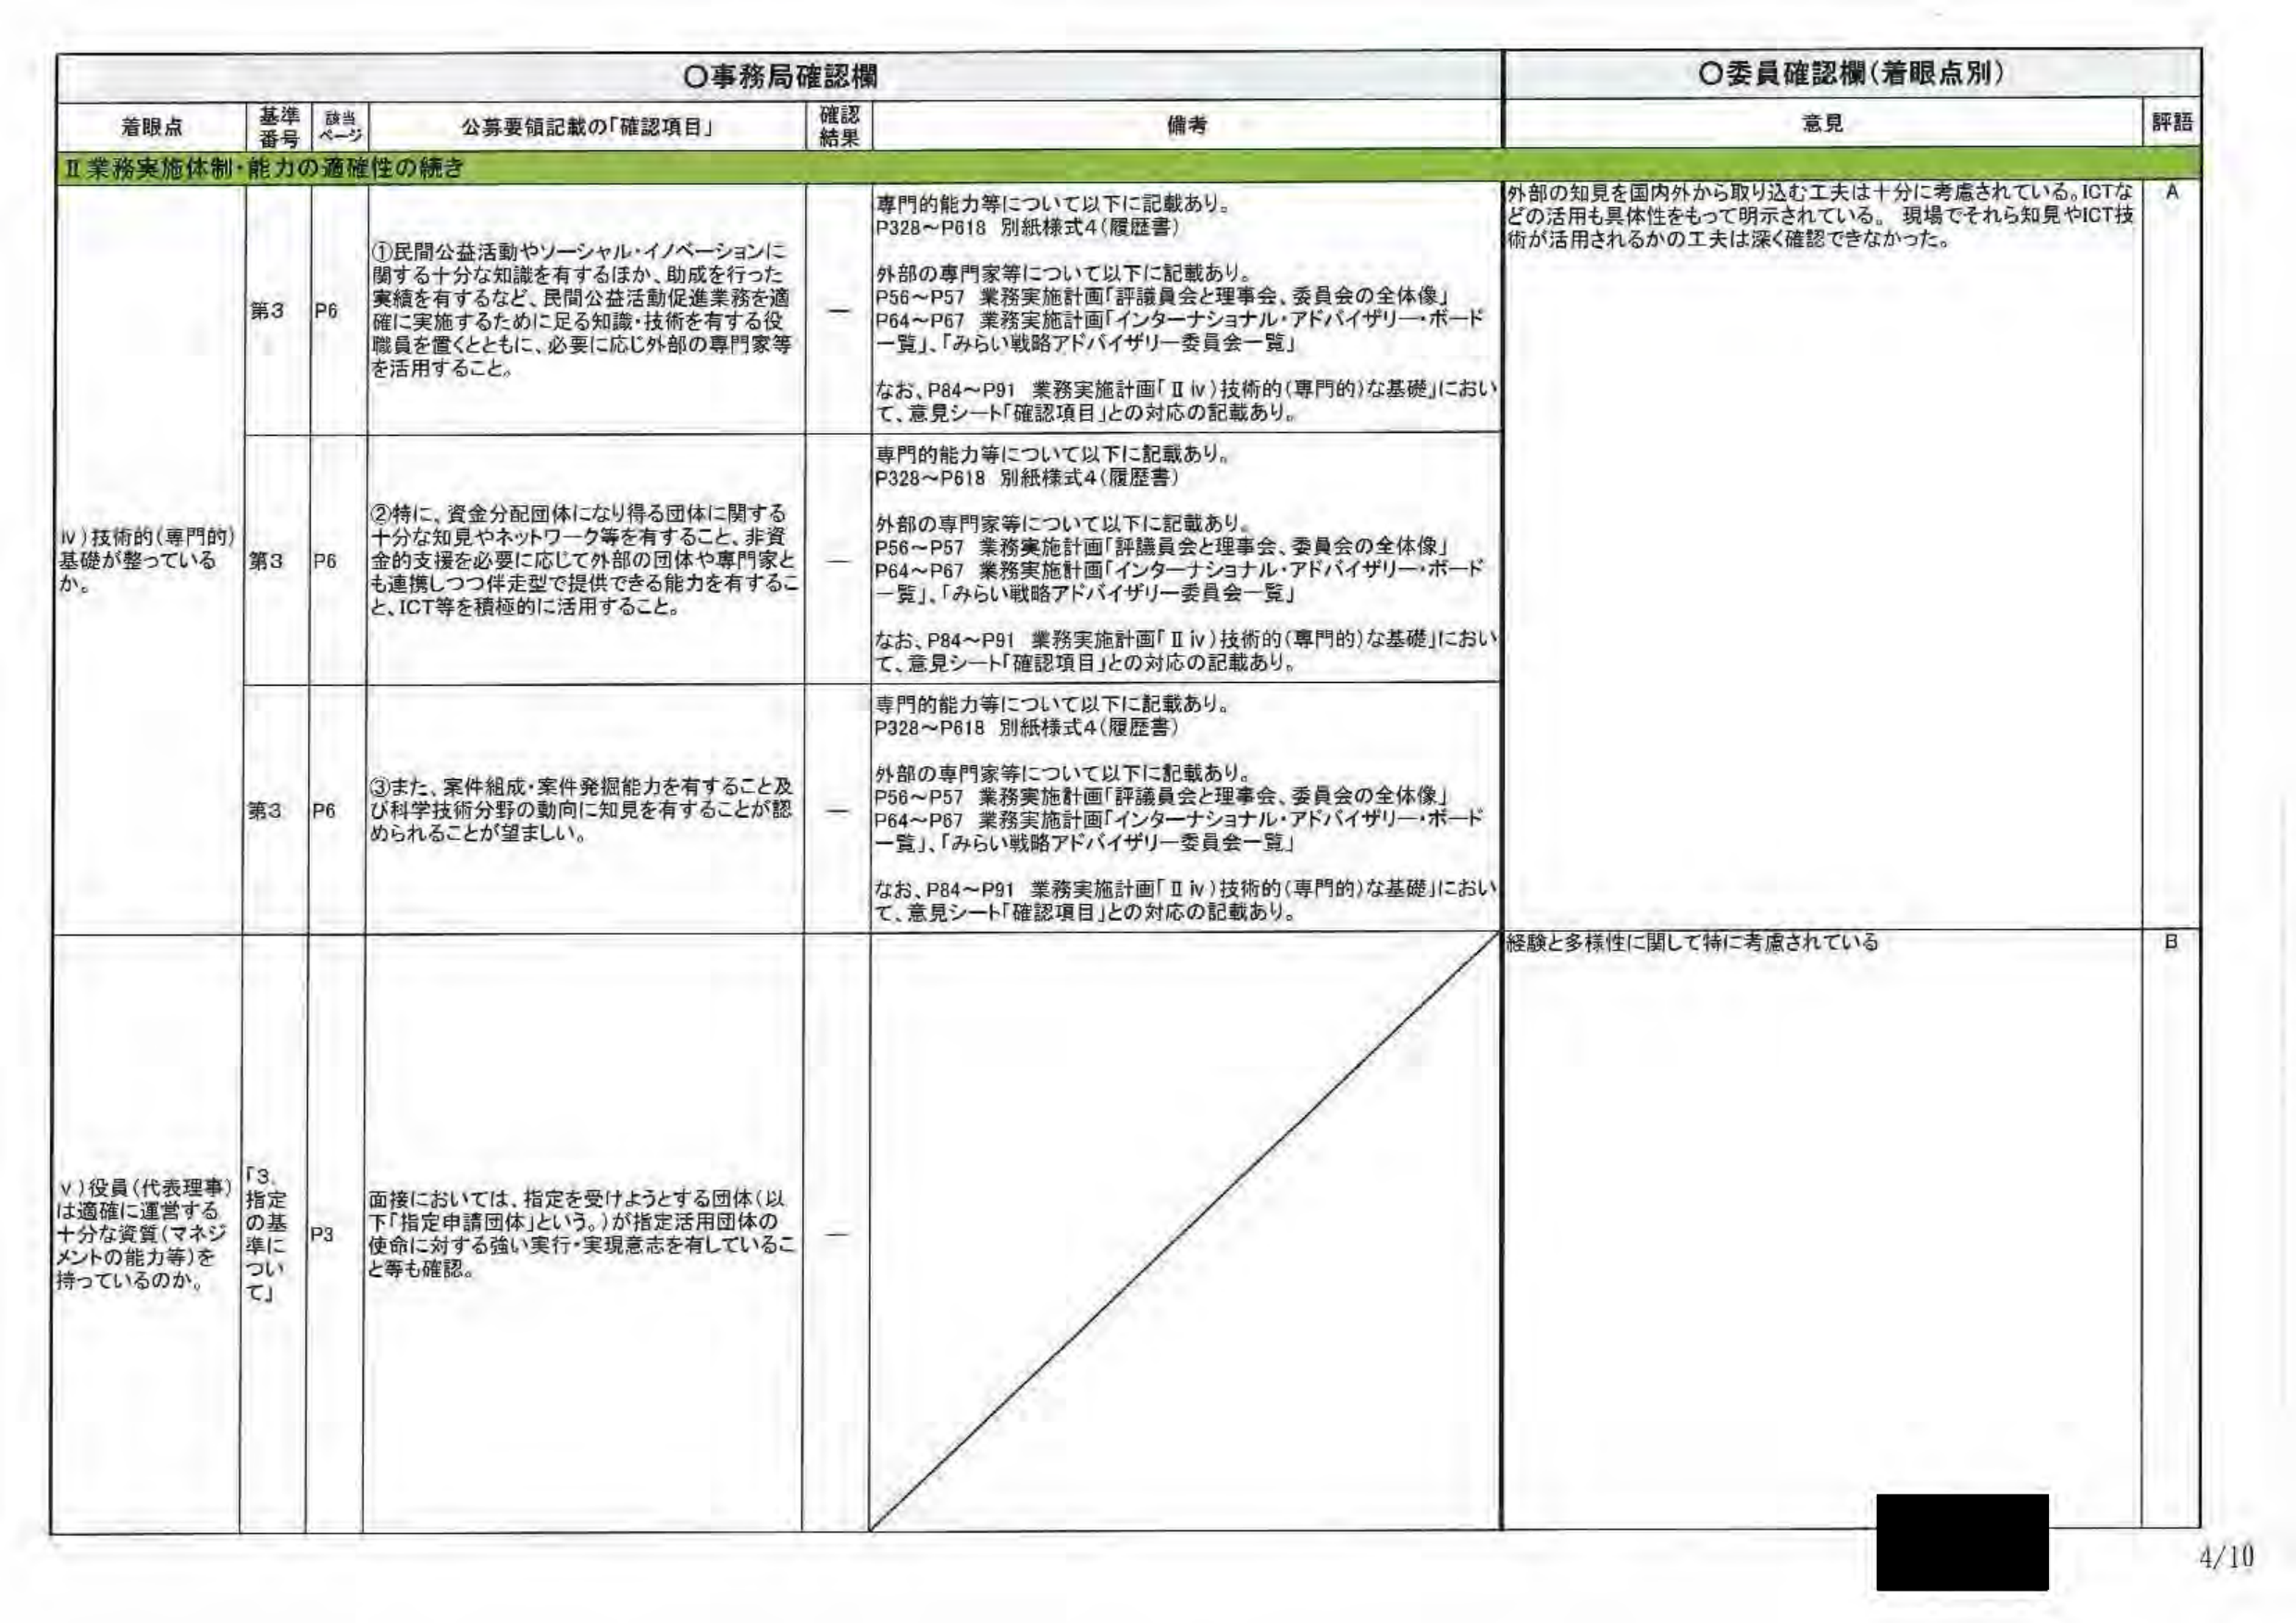
○事務局確認欄
○委員確認欄（着眼点別）

着眼点　　基準番号　　該当ページ　　公募要領記載の「確認項目」　　確認結果　　備考　　意見　　評語

Ⅱ 業務実施体制・能力の適性性の続き

Ⅳ）技術的（専門的）基礎が整っているか。

第3　　P6　　①民間公益活動やソーシャル・イノベーションに関する十分な知識を有するほか、助成を行った実績を有するなど、民間公益活動促進業務を適確に実施するために足る知識・技術を有する役職員を置くとともに、必要に応じ外部の専門家等を活用すること。
　　　　専門的能力等について以下に記載あり。
　　　　P328～P618 別紙様式4（履歴書）
　　　　外部の専門家等について以下に記載あり。
　　　　P56～P57 業務実施計画「評議員会と理事会、委員会の全体像」
　　　　P64～P67 業務実施計画「インターナショナル・アドバイザリー・ボード一覧」、「みらい戦略アドバイザリー委員会一覧」
　　　　なお、P84～P91 業務実施計画「Ⅱⅳ）技術的（専門的）な基礎」において、意見シート「確認項目」との対応の記載あり。
　　　　外部の知見を国内外から取り込む工夫は十分に考慮されている。ICTなどの活用も具体性をもって明示されている。現場でそれら知見やICT技術が活用されるかの工夫は深く確認できなかった。
　　　　A

第3　　P6　　②特に、資金分配団体になり得る団体に関する十分な知見やネットワーク等を有すること、非資金の支援を必要に応じて外部の団体や専門家とも連携しつつ伴走型で提供できる能力を有すること、ICT等を積極的に活用すること。
　　　　専門的能力等について以下に記載あり。
　　　　P328～P618 別紙様式4（履歴書）
　　　　外部の専門家等について以下に記載あり。
　　　　P56～P57 業務実施計画「評議員会と理事会、委員会の全体像」
　　　　P64～P67 業務実施計画「インターナショナル・アドバイザリー・ボード一覧」、「みらい戦略アドバイザリー委員会一覧」
　　　　なお、P84～P91 業務実施計画「Ⅱⅳ）技術的（専門的）な基礎」において、意見シート「確認項目」との対応の記載あり。

第3　　P6　　③また、案件組成・案件発掘能力を有すること及び科学技術分野の動向に知見を有することが認められることが望ましい。
　　　　専門的能力等について以下に記載あり。
　　　　P328～P618 別紙様式4（履歴書）
　　　　外部の専門家等について以下に記載あり。
　　　　P56～P57 業務実施計画「評議員会と理事会、委員会の全体像」
　　　　P64～P67 業務実施計画「インターナショナル・アドバイザリー・ボード一覧」、「みらい戦略アドバイザリー委員会一覧」
　　　　なお、P84～P91 業務実施計画「Ⅱⅳ）技術的（専門的）な基礎」において、意見シート「確認項目」との対応の記載あり。

Ⅴ）役員（代表理事）は適確に運営する十分な資質（マネジメントの能力等）を持っているのか。
「3. 指定の基準について」　　P3　　面接においては、指定を受けようとする団体（以下「指定申請団体」という。）が指定活用団体の使命に対する強い実行・実現意志を有していること等も確認。
　　　　経験と多様性に関して特に考慮されている
　　　　B

4/10